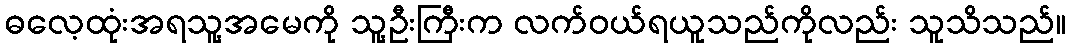
ဓလေ့ထုံးအရသူ့အမေကို သူ့ဦးကြီးက လက်ဝယ်ရယူသည်ကိုလည်း သူသိသည်။